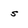
Character: s